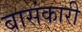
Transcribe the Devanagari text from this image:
बासंकारी